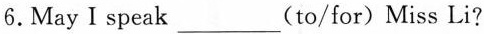
6.May I speak___(to/for) Miss Li?